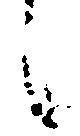
候